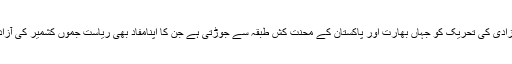
یہ اس تحریک کی ایک اہم خصوصیت ہے جو اس قومی آزادی کی تحریک کو جہاں بھارت اور پاکستان کے محنت کش طبقہ سے جوڑتی ہے جن کا اپنامفاد بھی ریاست جموں کشمیر کی آزادی میں پنہاں ہے جو اُن کی آزادی کے لیے ضروری ہے۔